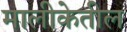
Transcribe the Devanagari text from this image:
मालीकेतील